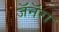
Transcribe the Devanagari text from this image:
जॅनॅरा